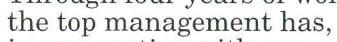
the top management has,